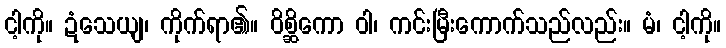
ငါ့ကို။ ဍံသေယျ၊ ကိုက်ရာ၏။ ဝိစ္ဆိကော ဝါ၊ ကင်းမြီးကောက်သည်လည်း။ မံ၊ ငါ့ကို။